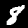
Digit: 8